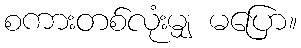
စကားတစ်လုံးမျှ မပြော။